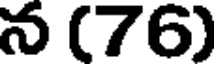
న (76)